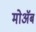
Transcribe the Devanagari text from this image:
मोॲब